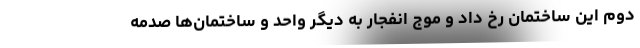
دوم این ساختمان رخ داد و موج انفجار به دیگر واحد و ساختمان‌ها صدمه